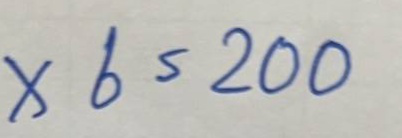
x 6 = 200